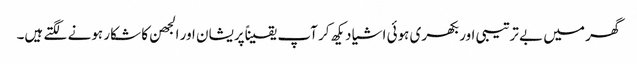
گھر میں بے ترتیبی اور بکھری ہوئی اشیا دیکھ کر آپ یقیناًپریشان اور الجھن کا شکار ہونے لگتے ہیں۔